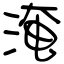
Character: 淹